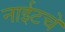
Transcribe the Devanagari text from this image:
नाईटचे